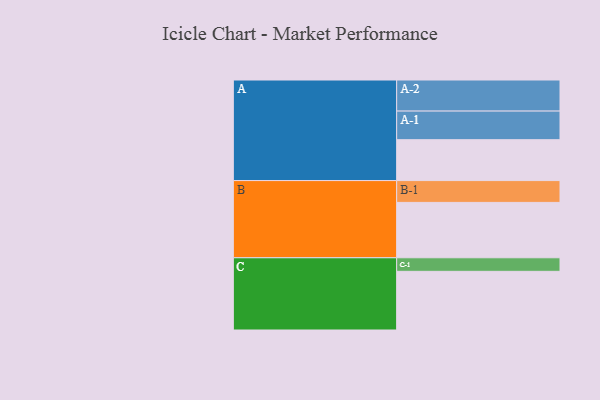
{"axis": {"x": "Segment", "y": "Value"}, "legend": ["", "A", "B", "C"], "data": [{"x": "A", "y": 362, "type": ""}, {"x": "B", "y": 490, "type": ""}, {"x": "C", "y": 519, "type": ""}, {"x": "A-1", "y": 253, "type": "A"}, {"x": "A-2", "y": 275, "type": "A"}, {"x": "B-1", "y": 193, "type": "B"}, {"x": "C-1", "y": 120, "type": "C"}]}